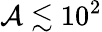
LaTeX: \mathcal{A}\lesssim 10^{2}